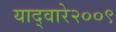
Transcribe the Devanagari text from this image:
याद्वारे२००९